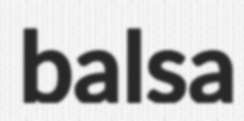
balsa